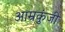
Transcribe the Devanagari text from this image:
आम्रकुंजी